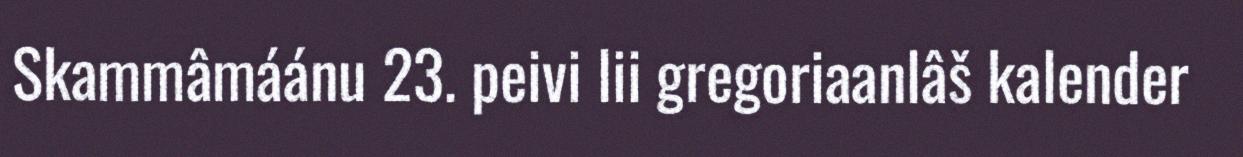
Skammâmáánu 23. peivi lii gregoriaanlâš kalender